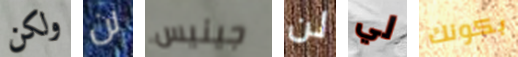
ولكن لن جينيس لن لي بكونك